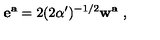
{ \bf e ^ { a } } = 2 ( 2 \alpha ^ { \prime } ) ^ { - 1 / 2 } { \bf w ^ { a } } \ ,